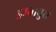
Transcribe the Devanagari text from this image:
इम्बाबुरा